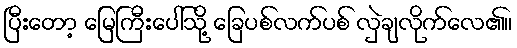
ပြီးတော့ မြေကြီးပေါ်သို့ ခြေပစ်လက်ပစ် လှဲချလိုက်လေ၏။